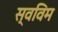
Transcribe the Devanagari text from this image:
स्वविम